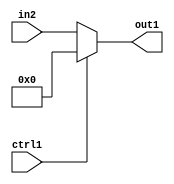
`timescale 1ps / 1ps
/*****************************************************************************
    Verilog RTL Description
    
    
    Created by: Stratus DpOpt 2019.1.01 
*******************************************************************************/

module mac_Muxi0s32u1_4_4 (
	in2,
	ctrl1,
	out1
	); /* architecture "behavioural" */ 
input [31:0] in2;
input  ctrl1;
output [31:0] out1;
wire [31:0] asc001;

reg [31:0] asc001_tmp_0;
assign asc001 = asc001_tmp_0;
always @ (ctrl1 or in2) begin
	case (ctrl1)
		1'B1 : asc001_tmp_0 = 32'B00000000000000000000000000000000 ;
		default : asc001_tmp_0 = in2 ;
	endcase
end

assign out1 = asc001;
endmodule

/* CADENCE  uLj3TQA= : u9/ySgnWtBlWxVPRXgAZ4Og= ** DO NOT EDIT THIS LINE ******/